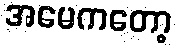
အမေကတော့